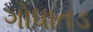
ગોધાતડ